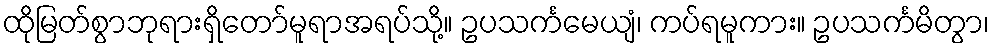
ထိုမြတ်စွာဘုရားရှိတော်မူရာအရပ်သို့။ ဥပသင်္ကမေယျံ၊ ကပ်ရမူကား။ ဥပသင်္ကမိတွာ၊